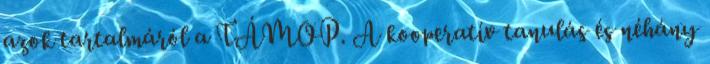
azok tartalmáról a TÁMOP. A kooperatív tanulás és néhány